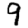
Digit: 9